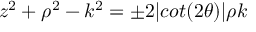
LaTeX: z ^ { 2 } + \rho ^ { 2 } - k ^ { 2 } = \pm 2 \vert c o t ( 2 \theta ) \vert \rho k